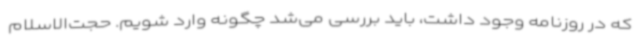
که در روزنامه وجود داشت، باید بررسی می‌شد چگونه وارد شویم. حجت‌الاسلام